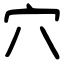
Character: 穴